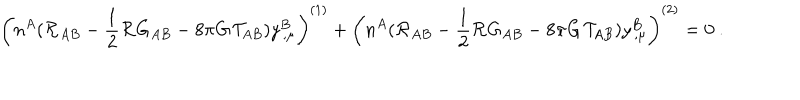
\left( n ^ { A } ( { \cal R } _ { A B } - \frac { 1 } { 2 } { \cal R } G _ { A B } - 8 \pi { \bf G } { \cal T } _ { A B } ) y _ { \, , \mu } ^ { B } \right) ^ { ( 1 ) } + \left( n ^ { A } ( { \cal R } _ { A B } - \frac { 1 } { 2 } { \cal R } G _ { A B } - 8 \pi { \bf G } { \cal T } _ { A B } ) y _ { \, , \mu } ^ { B } \right) ^ { ( 2 ) } = 0 ~ .